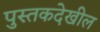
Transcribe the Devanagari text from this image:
पुस्तकदेखील